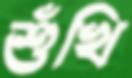
শুঁখি